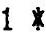
1 *